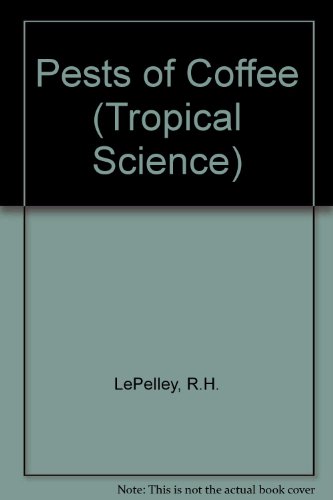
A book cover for Pests of Coffee (Tropical Science); R.H. LePelley; Science & Math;